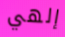
إلهي